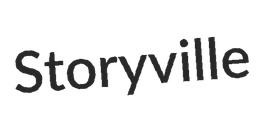
Storyville